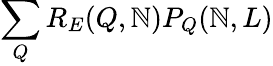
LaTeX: \sum_{Q}{R_{E}(Q,\mathbb{N})P_{Q}(\mathbb{N},L)}